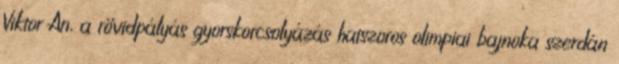
Viktor An, a rövidpályás gyorskorcsolyázás hatszoros olimpiai bajnoka szerdán